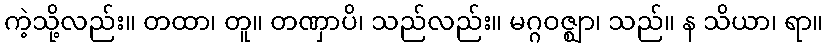
ကဲ့သို့လည်း။ တထာ၊ တူ။ တဏှာပိ၊ သည်လည်း။ မဂ္ဂဝဇ္ဈာ၊ သည်။ န သိယာ၊ ရာ။